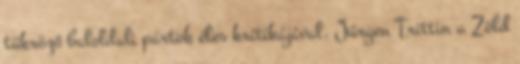
tükröző baloldali pártok éles kritikájával. Jürgen Trittin a Zöld